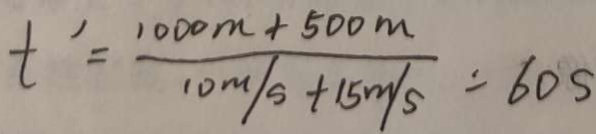
t ^ { \prime } = \frac { 1 0 0 0 m + 5 0 0 m } { 1 0 m / s + 1 5 m / s } = 6 0 s